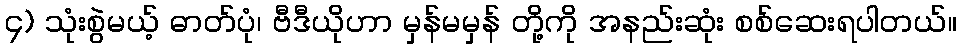
၄) သုံးစွဲမယ့် ဓာတ်ပုံ၊ ဗီဒီယိုဟာ မှန်မမှန် တို့ကို အနည်းဆုံး စစ်ဆေးရပါတယ်။